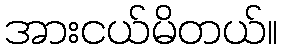
အားငယ်မိတယ်။